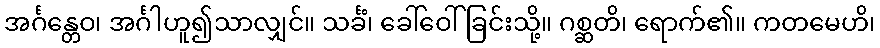
အင်္ဂန္တေဝ၊ အင်္ဂါဟူ၍သာလျှင်။ သင်္ခံ၊ ခေါ်ဝေါ်ခြင်းသို့။ ဂစ္ဆတိ၊ ရောက်၏။ ကတမေဟိ၊